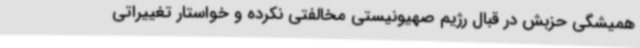
همیشگی حزبش در قبال رژیم صهیونیستی مخالفتی نکرده و خواستار تغییراتی